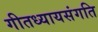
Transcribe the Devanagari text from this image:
गीतध्यायसंगति